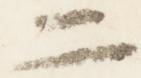
二